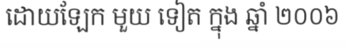
ដោយឡែក មួយ ទៀត ក្នុង ឆ្នាំ ២០០៦